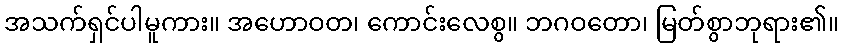
အသက်ရှင်ပါမူကား။ အဟောဝတ၊ ကောင်းလေစွ။ ဘဂဝတော၊ မြတ်စွာဘုရား၏။